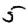
Digit: 5